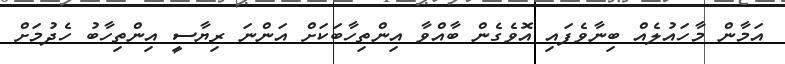
އަމާން މާހައުލެއް ބިނާވެފައި އޮވެގެން ބާއްވާ އިންތިހާބަކަށް އަންނަ ރިޔާސީ އިންތިހާބު ހެދުމަށް